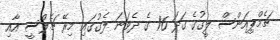
ޗެމްޕިއަންސް ލީގުގެ ގަދަ 16 ގެ ދެވަނަ ލެގުގައި މިރޭ ޗެލްސީ އާއި